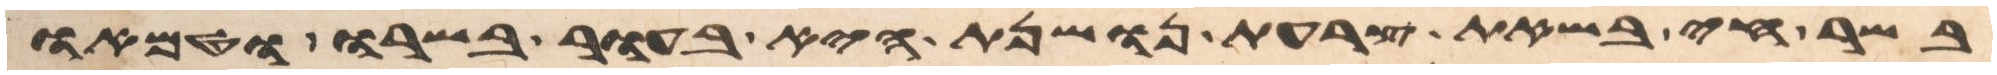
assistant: בשר חי בשאת צרעת נושנת היא בעור בשרו וטמאו